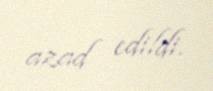
azad edildi.